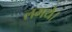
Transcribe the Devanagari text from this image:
लगये।